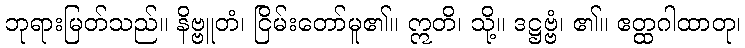
ဘုရားမြတ်သည်။ နိဗ္ဗူတံ၊ ငြိမ်းတော်မူ၏။ ဣတိ၊ သို့။ ဒဋ္ဌဗ္ဗံ၊ ၏။ ဧတ္ထဂါထာတု၊